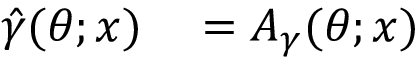
\begin{array} { r l } { \hat { \gamma } ( \boldsymbol { \theta } ; \boldsymbol { x } ) } & { { } = A _ { \gamma } ( \boldsymbol { \theta } ; \boldsymbol { x } ) } \end{array}